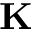
{ \bf K }